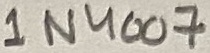
Text: 1N4007